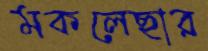
মকলেছার